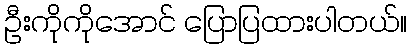
ဦးကိုကိုအောင် ပြောပြထားပါတယ်။